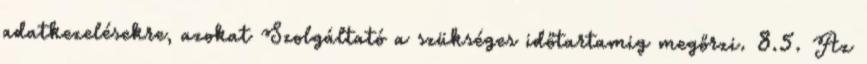
adatkezelésekre, azokat Szolgáltató a szükséges időtartamig megőrzi. 8.5. Az